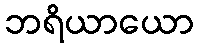
ဘရိယာယော